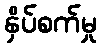
နှိပ်စက်မှု